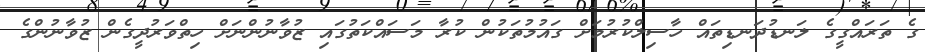
ގެ ތަަރައްގީގެ ލަނޑުދަނޑިތައް ހާސިލްކުރުމަށް ގައުމުތަކުން ކުރާ މަސައްކަތުގައި ޒުވާނުންނަށް ހިތްވަރުދީގެން ޒުވާނުންގެ